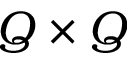
Q \times Q